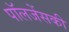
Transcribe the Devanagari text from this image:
पॉलजेंसकी